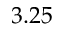
3 . 2 5